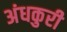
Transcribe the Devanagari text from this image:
अंधकुरी